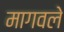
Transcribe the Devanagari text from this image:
मागवले